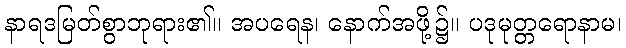
နာရဒမြတ်စွာဘုရား၏။ အပရေန၊ နောက်အဖို့၌။ ပဒုမုတ္တရောနာမ၊